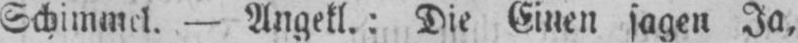
- Angekl.: Die Einen sagen Ja,